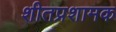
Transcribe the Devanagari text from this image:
शीतप्रशामक